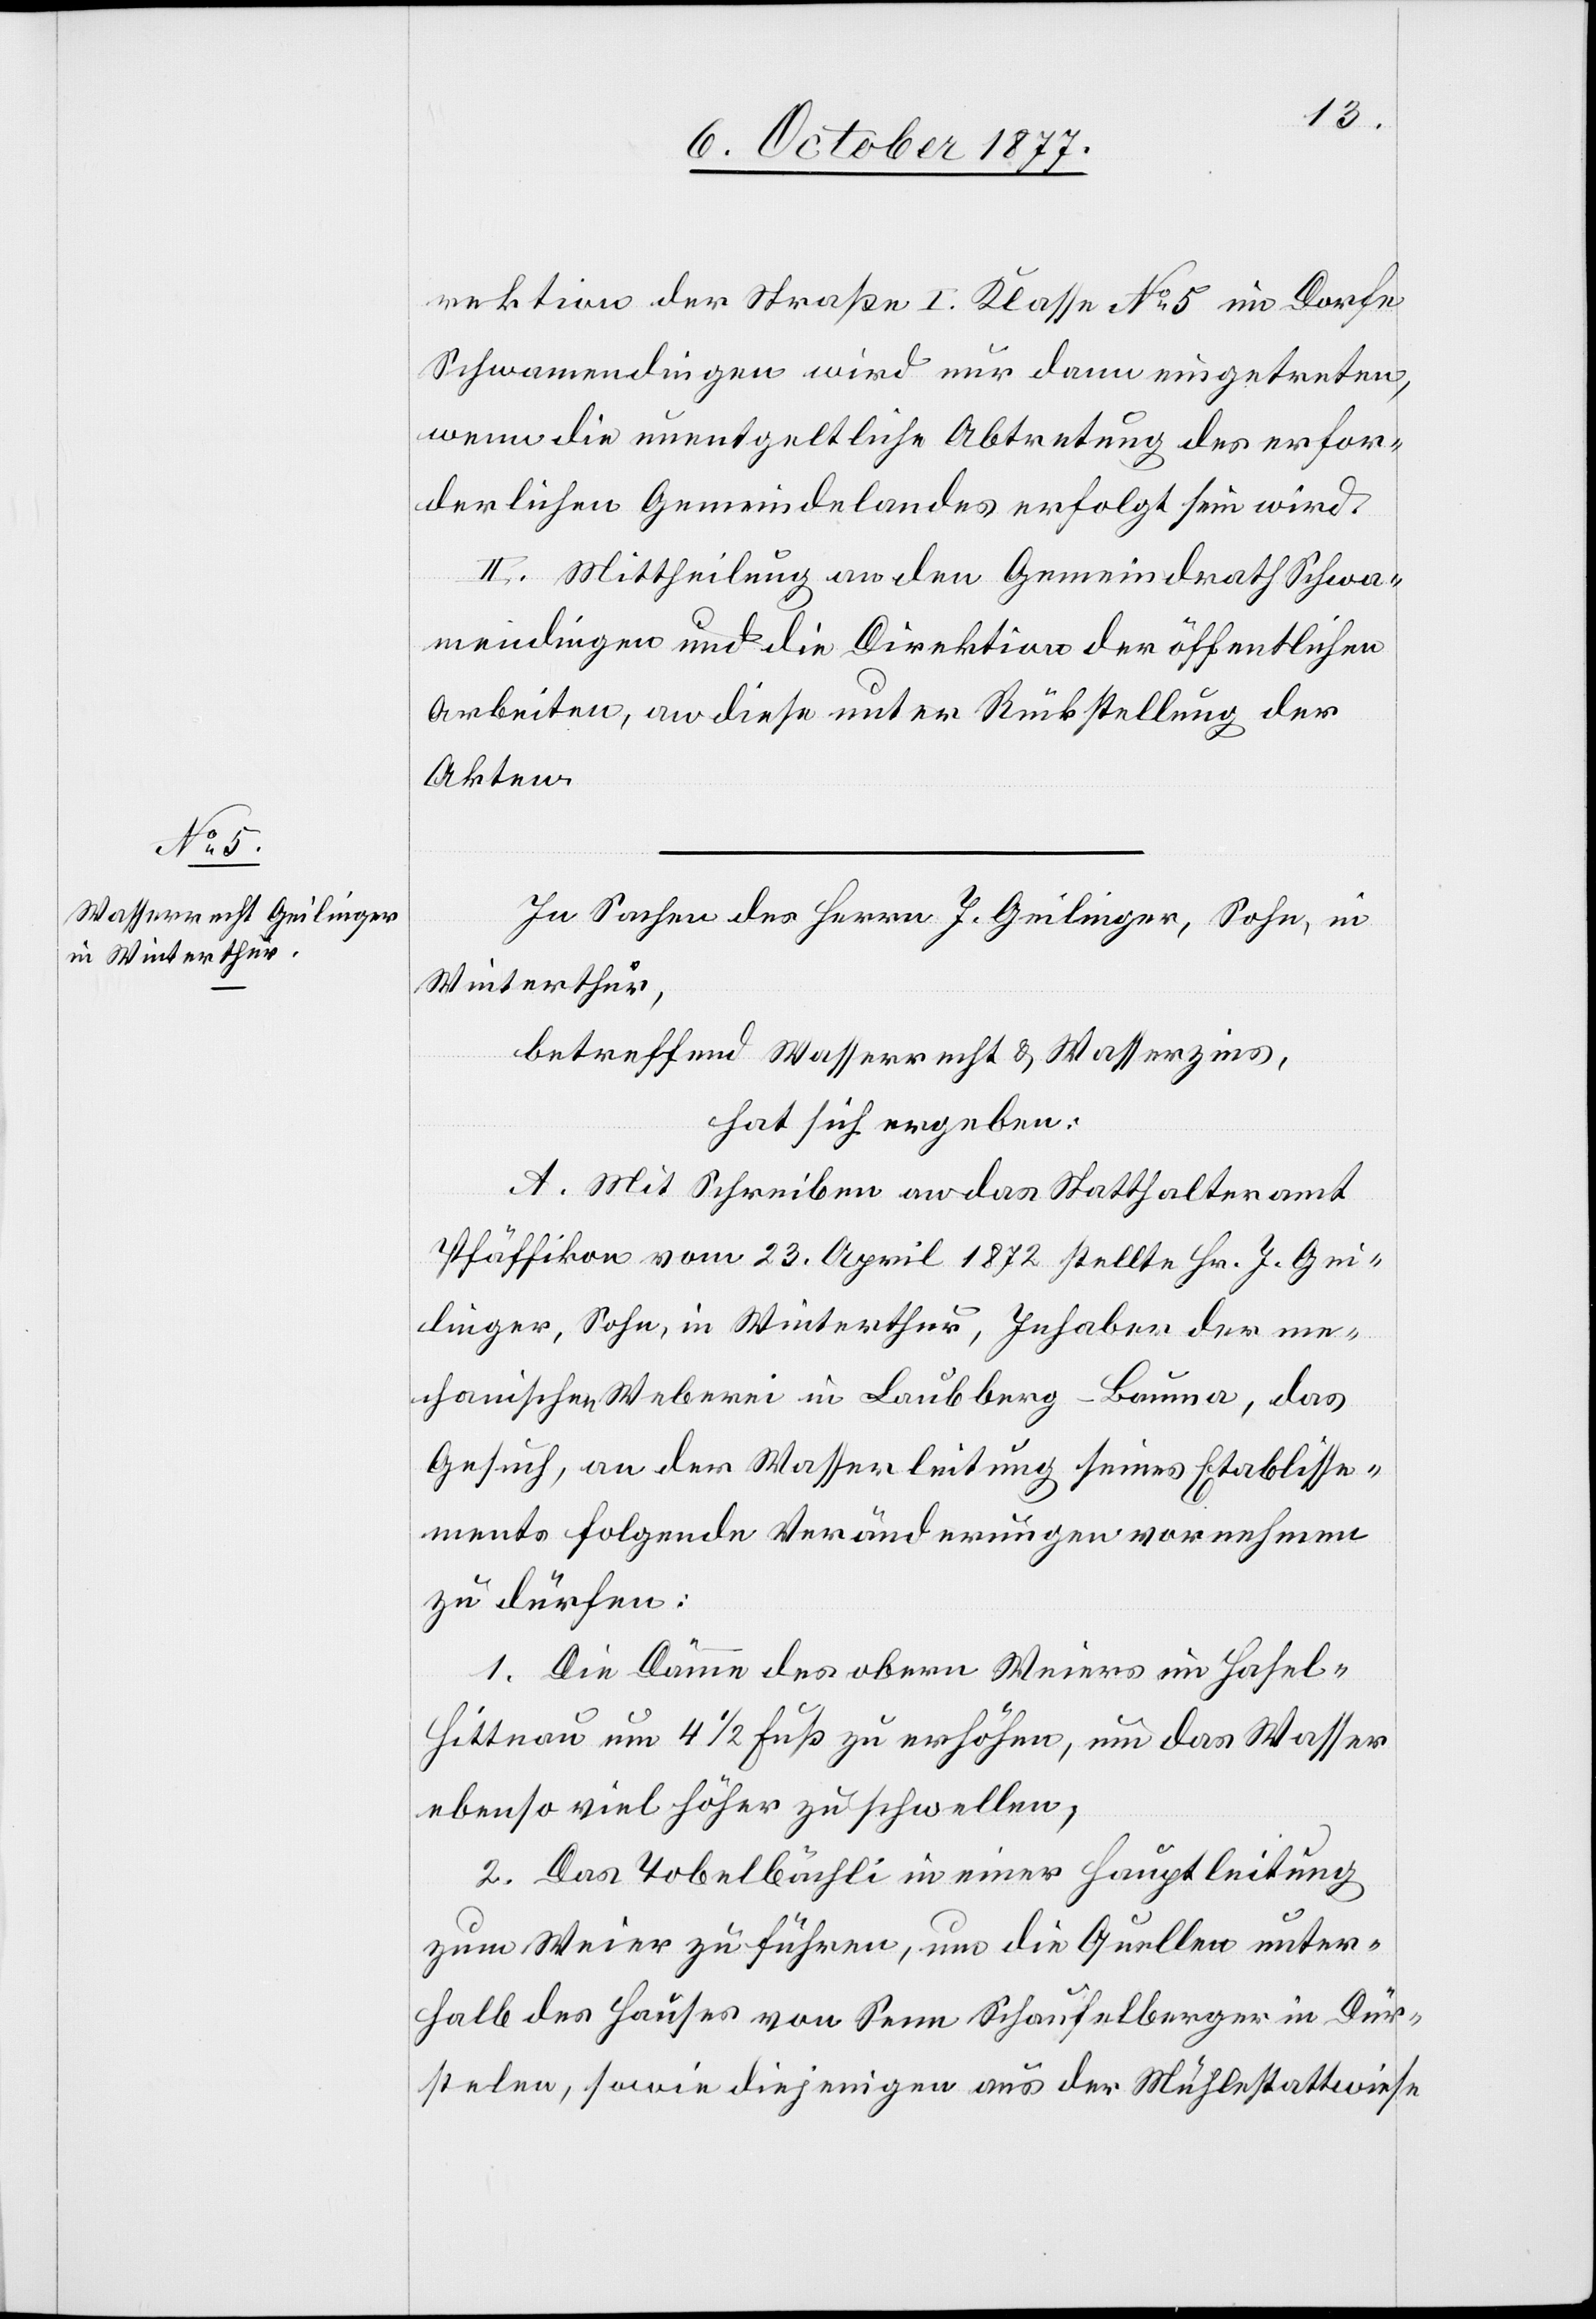
rektion der Straße I. Klasse No 5 im Dorfe
Schwamendingen wird nur dann eingetreten,
wenn die unentgeltliche Abtretung des erfor¬
derlichen Gemeindelandes erfolgt sein wird.
II. Mittheilung an den Gemeindrath Schwa¬
mendingen und die Direktion der öffentlichen
Arbeiten, an diese unter Rückstellung der
Akten.
In Sachen des Herrn J. Geilinger, Sohn, in
Winterthur,
betreffend Wasserrecht & Wasserzins,
hat sich ergeben:
A. Mit Schreiben an das Statthalteramt
Pfäffikon vom 23. April 1872 stellte Hr. J. Gei¬
linger, Sohn, in Winterthur, Inhaber der me¬
chanischen Weberei in Laubberg - Bauma, das
Gesuch, an der Wasserleitung seines Etablisse¬
ments folgende Veränderungen vornehmen
zu dürfen:
1. Die Dämme des obern Weiers im Hasel -
Hittnau um 4 1/2 Fuß zu erhöhen, um das Wasser
ebenso viel höher zu schwellen;
2. Das Tobelbächli in einer Hauptleitung
zum Weier zu führen, um die Quellen unter¬
halb des Hauses von Senn Schaufelberger in Dür¬
stelen, sowie diejenigen aus der Mühlestattwiese